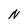
Character: N